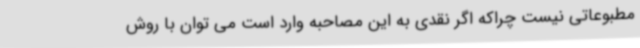
مطبوعاتی نیست چراکه اگر نقدی به این مصاحبه وارد است می توان با روش